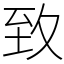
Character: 致